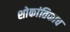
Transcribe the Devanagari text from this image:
शोकांतिकाच